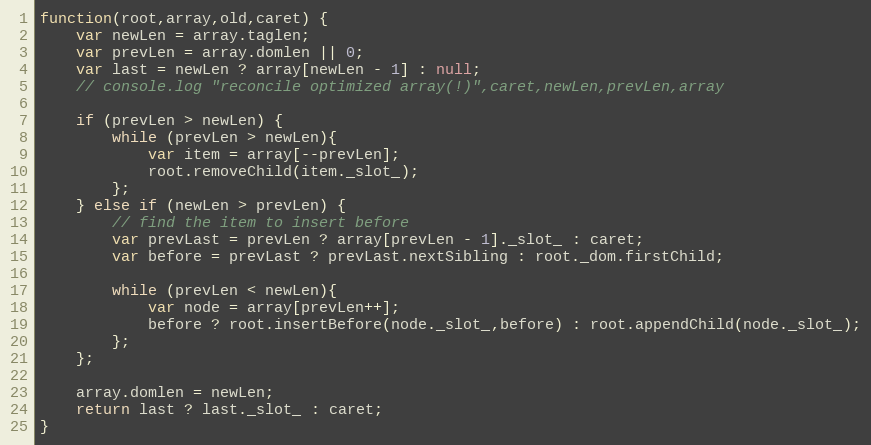
Language: JavaScript
function(root,array,old,caret) {
	var newLen = array.taglen;
	var prevLen = array.domlen || 0;
	var last = newLen ? array[newLen - 1] : null;
	// console.log "reconcile optimized array(!)",caret,newLen,prevLen,array

	if (prevLen > newLen) {
		while (prevLen > newLen){
			var item = array[--prevLen];
			root.removeChild(item._slot_);
		};
	} else if (newLen > prevLen) {
		// find the item to insert before
		var prevLast = prevLen ? array[prevLen - 1]._slot_ : caret;
		var before = prevLast ? prevLast.nextSibling : root._dom.firstChild;

		while (prevLen < newLen){
			var node = array[prevLen++];
			before ? root.insertBefore(node._slot_,before) : root.appendChild(node._slot_);
		};
	};

	array.domlen = newLen;
	return last ? last._slot_ : caret;
}